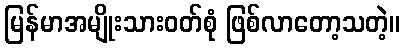
မြန်မာအမျိုးသားဝတ်စုံ ဖြစ်လာတော့သတဲ့။